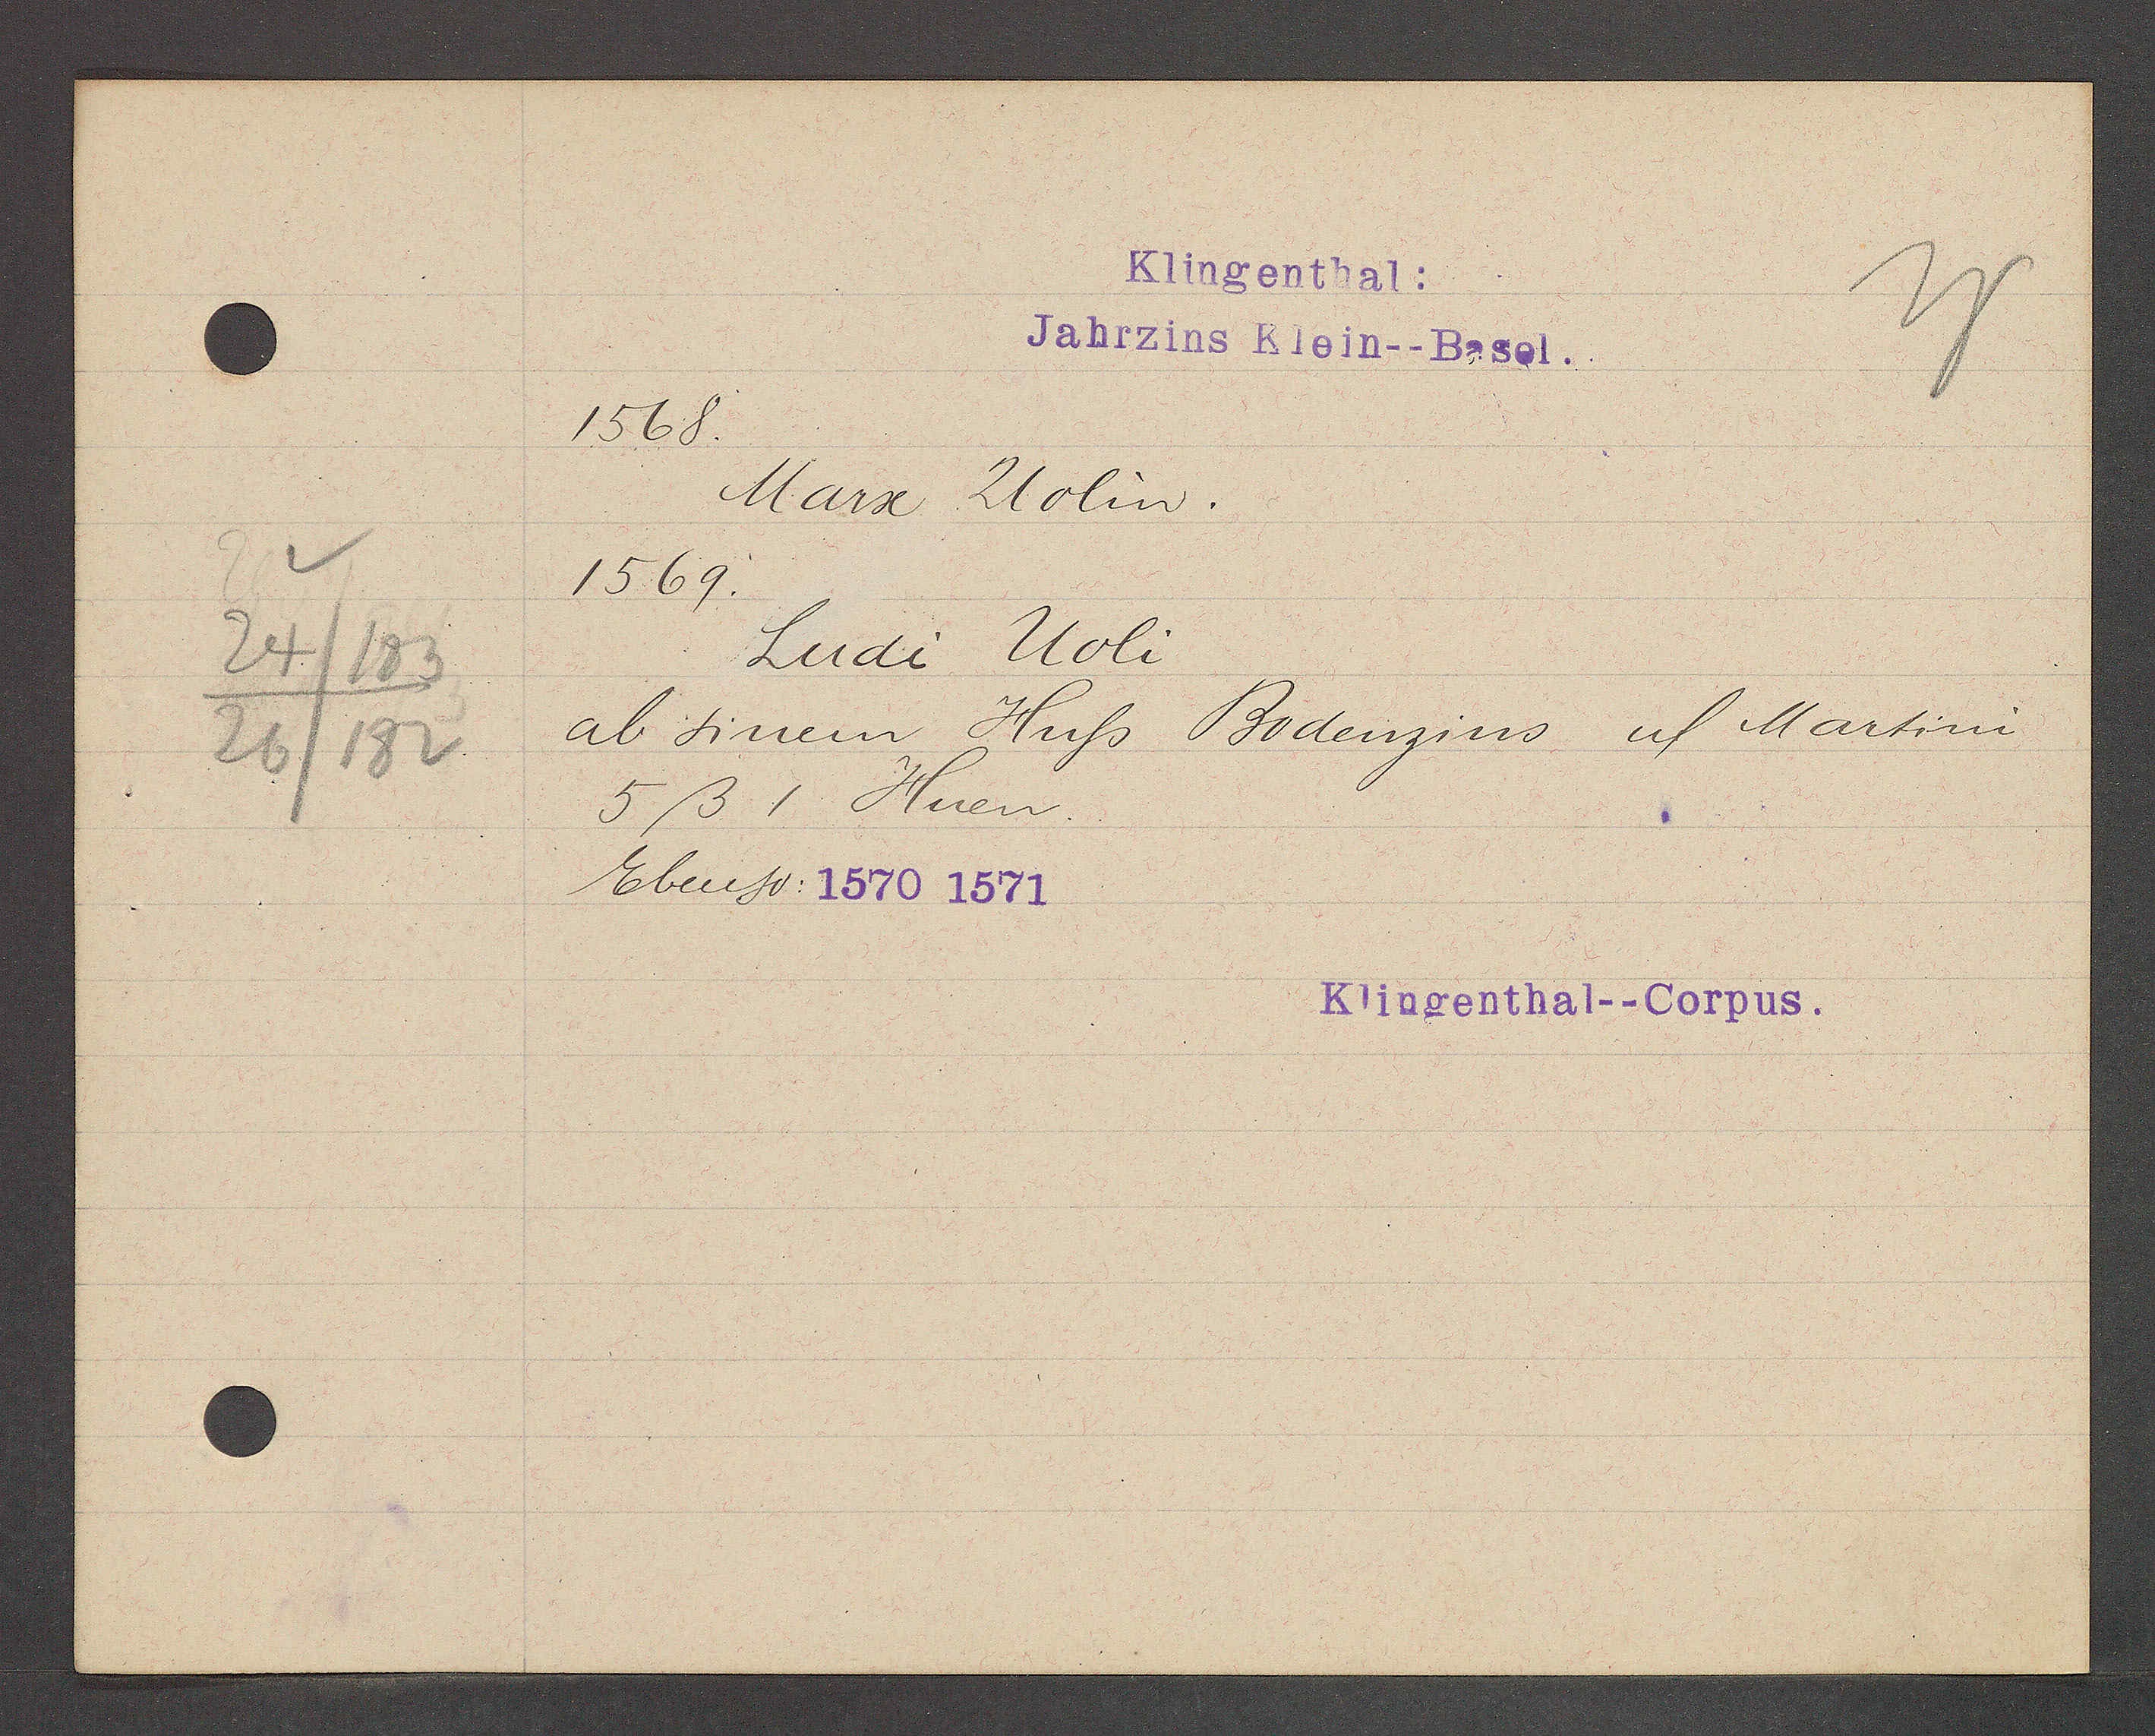
Transcript:
24
183
26/182

Klingenthal:
Jahrzins Klein--Basel.

1568.
Marx Uolin.
1569.
Ludi Uoli
ab sinem Huss Bodenzins uf Martini
5ß1 Huen.
Ebenso: 1570 1571

Klingenthal--Corpus.